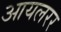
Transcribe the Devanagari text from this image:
आयलरर